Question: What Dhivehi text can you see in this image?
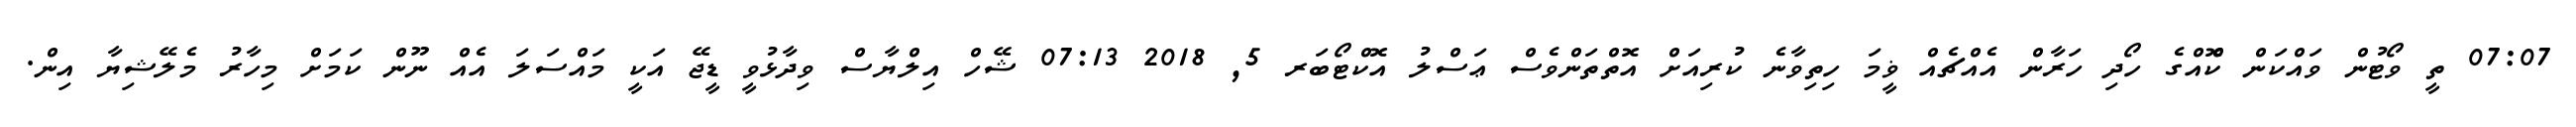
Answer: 07:07 ތީ ވޯޓުން ވައްކަން ކޮްއްގެ ހޯދި ހަރާން އެއްޗެއް ޥީމަ ހިތިވާނެ ކުރިއަށް އޮތްތަންވެސް ޢަސްލު އޮކްޓޯބަރ 5, 2018 07:13 ޝޭހް އިލްޔާސް ވިދާޅުވީ ޑީޖޭ އަކީ މައްސަލަ އެއް ނޫން ކަމަށް މިހާރު މެލޭޝިޔާ އިން.